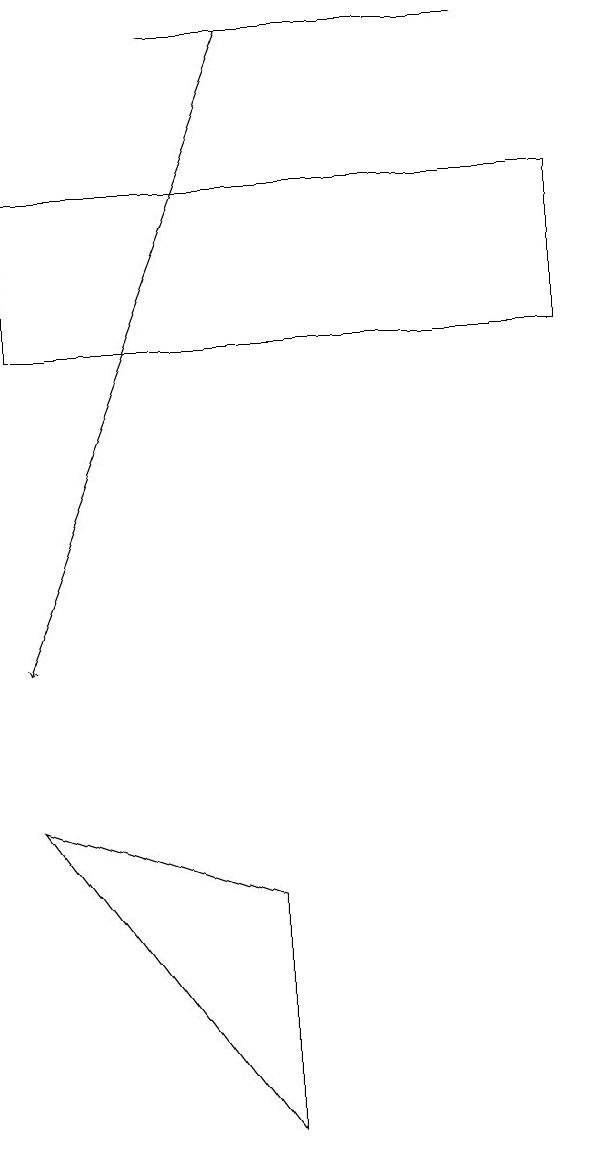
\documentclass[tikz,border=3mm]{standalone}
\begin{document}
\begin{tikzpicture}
\draw (7,16) rectangle (0,14);
\draw (0,8) -- (3,7) -- (3,4) -- cycle;
\draw (2,18) rectangle (6,18);
\draw[->] (3,18) -- (0,10);
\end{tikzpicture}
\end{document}